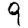
Digit: 9